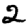
Digit: 2